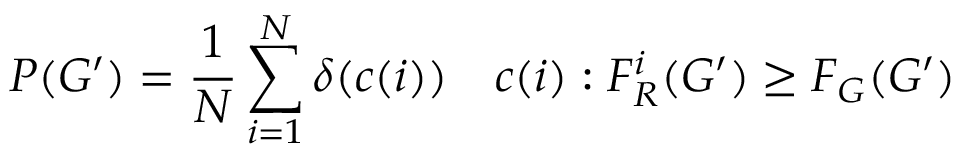
P ( G ^ { \prime } ) = { \frac { 1 } { N } } \sum _ { i = 1 } ^ { N } \delta ( c ( i ) ) \quad c ( i ) : F _ { R } ^ { i } ( G ^ { \prime } ) \geq F _ { G } ( G ^ { \prime } )